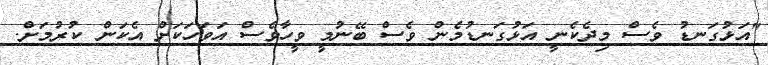
"އަޅުގަނޑު ވެސް މިދެކެނީ އަޅުގަނޑުމެން ވެސް ބޭނުމީ ވީހާވެސް އަވަހަކަށް އެކަން ކުރުމަށް.